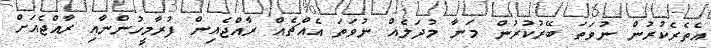
އެތެރެކުރުން ނުވަތަ ބޭރުކުރުން މަނާ މުދަލެއް ނުވަތަ އެއްޗެއް ރާއްޖެއިން ފުރާމީހުންނާއި ރާއްޖެއަށް